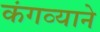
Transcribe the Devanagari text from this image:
कंगव्याने